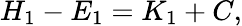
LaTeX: H_{1}-E_{1}=K_{1}+C,